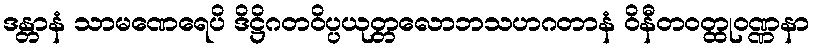
ဒန္တာနံ သာမဏေရေပိ ဒိဋ္ဌိဂတဝိပ္ပယုတ္တလောဘသဟဂတာနံ ဝိနီတဝတ္ထုဝဏ္ဏနာ